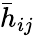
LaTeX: {\bar{h}}_{ij}